Annual statistical returns and brief notes on vaccination in Bengal - 1887-1898
Year: 1887
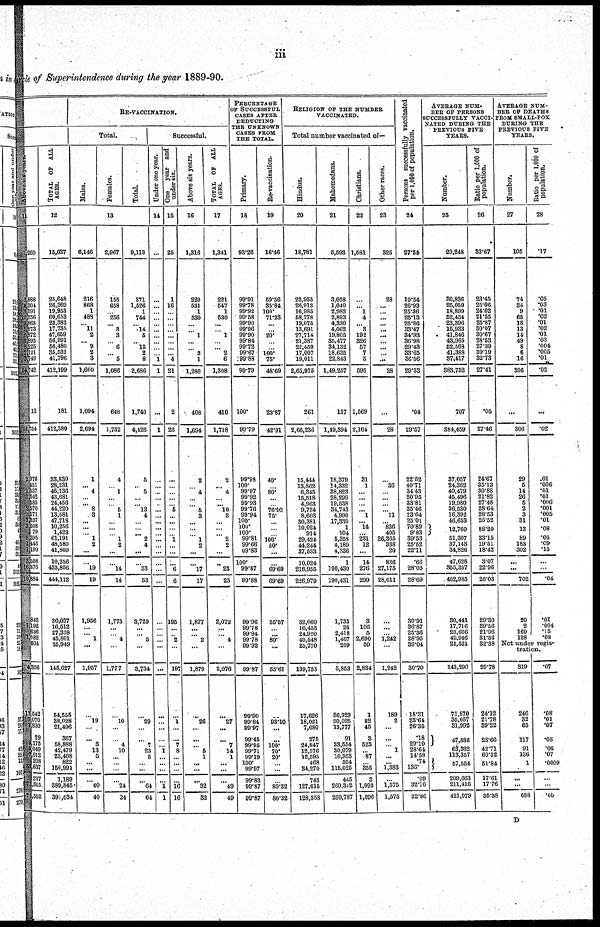
iii
Circle of Superintendence during the year 1889-90.
Above six years.
11
1,260
2,888
4,304
3,591
12,256
22,868
1,973
5,872
8,895
6,225
7,121
3,749
54,742
12
54,754
2,076
451
1,537
1,542
585
2,570
171
1,337
3,508
79 3,395
1,443
1,190
3,508
16,376
19,884
842
1,192 636
1,082
604
4,356
11,542
7,070
1,830
29
9,175
5,049
7,012
208
33,637
237
75,315
75,552
TOTAL OF ALL
AGES.
12
15,037
25,648
26,369
19,953
60,653
23,383
17,735
47,659
56,991
56,480
35,532
41,796
412,199
181
412,380
33,830
28,231
45,136
43,681
24,456
44,220
13,581
47,718
10,256
1,423
61,191
48,580
41,809
10,256
433,856
444,112
30,037
16,512
27,328
45,801
25,949
145,627
54,555
38,028
21,496
367
58,888
42,479
23,408
822
150,991
1,189
389,845
391,034
RE-VACCINATION.
Total.
Males.
Females.
Total.
13
6,146
216
868
1
483
... 11
2
... 9
2
3
1,600
1,094
2,694
1
... 4
...
... 8
3
...
...
... 1
2
...
...
19
19
1,956
...
...
1
...
1,957
...
19
...
...
3
13
5
... ...
...
40
40
2,967
155
658
...
256
... 3
3
... 6
... 5
1,086
646
1,732
4
... 1
...
... 5
1
...
...
... 1
2
...
...
14
14
1,773
...
...
4
...
1,777
...
10
...
...
4
10
...
... ...
...
24
24
9,113
371
1,526
1
744
... .14
5
... 15
2
8
2,686
1,740
4,426
5
... 5
...
... 13
4
...
...
... 2
4
...
...
33
33
3,729
...
...
5
...
3,734
...
29
...
...
7
23
5
... ...
...
64
64
Successful.
Under one year.
14
...
...
...
...
...
...
...
...
...
...
... 1
1
...
1
...
...
...
...
...
...
...
...
...
... ...
...
...
...
...
...
...
...
...
...
...
...
...
...
...
...
... 1
...
...
...
...
1
1
One year and
under six.
15
25
1
16
...
...
...
...
...
...
...
... 4
21
2
23
...
...
...
...
... 5
...
...
... ... 1
...
...
...
6
6
195
...
...
2
...
197
...
1
...
...
7
8
...
...
...
...
16
16
Above six years.
16
1,316
220
531
1
530
...
...
1
...
... 2
1
1,286
408
1,694
2
... 4
...
... 5
3
...
...
... 1
2
...
...
17
17
1,877
...
...
2
...
1,879
...
26
...
...
... 5
1
... ...
...
32
32
TOTAL OF ALL
AGES.
17
1,341
221
547
1
530
...
...
1
...
... 2
6
1,308
410
1,718
2
... 4
...
... 10
3
...
...
...
2
2
...
...
23
23
2,072
...
...
4
...
2,076
...
27
...
...
7
14
1
... ...
...
49
49
PERCENTAGE
OF SUCCESSFUL
CASES AFTER
DEDUCTING
THE UNKNOWN
CASES FROM
THE TOTAL.
Primary.
18
93.26
99.91
99.78
99.92
99.58
99.90
99.96
99.90
99.84
99.72
99.67
99.88
99.79
100.
99.79
99.98
100.
99.97
99.92
99.93
99.76
99.94
100.
100.
100.
99.81
99.66
09.83
100.
99.87
99.88
99.96
99.78
99.94
99.78
99.92
99.87
99.90
99.84
99.97
99.45
99.95
99.71
99.19
...
99.97
99.83
99.87
99.87
Re-vaccination.
19
16.46
59.56
35.84
100.
71.23
...
...
20.
...
... 100.
75.
48.69
23.87
42.91
40.
... 80.
...
... 76.92
75.
...
...
...
100.
50.
...
...
69.69
69.69
55.57
...
...
80.
...
55.61
...
93.10
...
...
100.
70.
20.
... ...
...
80.32
80.32
RELIGION OF THE NUMBER
VACCINATED.
Total number vaccinated of—
Hindus.
20
18,781
22,955
26,913
16,985
58,778
19,075
13,691
27,714
21,387
22,459
17,007
19,011
2,65,975
261
2,66,236
15,444
13,862
6,345
15,518
4,963
9,724
8,603
30,381
10,024
914
29,424
44,244
37,533
10,024
216,955
226,979
32,060
16,455
24,920
40,548
25,770
139,753
17,626
18,021
7,680
275
24,847
12,576
12,595
... 84,270
743
127,615
128,358
Mahomedans.
21
5,593
3,058
1,040
2,982
2,893
4,330
4,062
19,805
35,477
34,132
18,635
22,843
1,49,257
137
1,49,394
18,379
14,332
38,823
28,299
19,538
34,743
4,990
17,339
1
104
5,358
4,189
4,336
1
190,430
190,431
1,733
26
2,418
1,467
209
5,853
36,929
20,025
13,777
91
33,554
30,079
10,953
... 115,025
445
260,342
260,787
Christians.
22
1,581
...
...
1
4
...
3
192
326
57
7
5
595
1,569
2,164
31
1
... ...
... ...
1
... 14
...
231
12
...
14
276
290
3
106
5
2,690
30
2,834
1
82
45
3
523
...
87
... 355
3
1,093
1,096
Other races.
23
325
28
...
...
...
...
...
...
.... ...
...
...
28
...
28
...
36
...
...
... ...
11
...
836
405
26,365
338
20
836
27,175
28,011
...
...
...
1,242
...
1,242
189
2
...
...
...
1
...
... 1,383
...
1,575
1,575
Persons successfully vaccinated
per 1,000 of population.
24
27.24
19.54
26.93
25.36
25.13
25.86
33.47
34.93
36.98
29.43
33.65
36.56
29.53
.04
29.57
22.52
40.71
34.43
20.95
33.81
35.46
23.64
25.01
70.89
9.83
39.53
25.52
22.11
.66
28.03
28.69
30.91
36.87
25.36
28.95
39.04
30.70
18.31
23.64
26.35
.18
29.10
28.64
14.58
.74
136.
.09
32.76
32.86
AVERAGE NUM-
--- OF PERSONS
SUCCESSFULLY VACCI-
NATED DURING THE
PREVIOUS FIVE
YEARS.
Number.
25
20,248
30,836
25,050
18,899
52,454
23,396
15,933
41,846
43,965
52,568
41,388
37,417
383,752
707
384,459
37,057
24,362
40,479
45,496
19,980
36,530
16,392
46,653
12,760
51,307
37,143
34,826
47,628
855,357
402,985
30,441
17,716
23,666
49,946
21,521
143,290
71,870
35,057
31,992
47,886
63,362
118,357
57,554
209,663
211,416
421,079
Ratio per 1,000 of
population.
26
33.67
23.45
25.06
24.02
21.55
25.87
30.07
30.67
28.53
27.39
39.19
82.73
27.41
.05
27.46
24.67
35.13
30.88
21.82
27.48
28.64
28.53
25.52
88.20
33.15
19.51
18.42
3.07
22.96
26.03
29.30
39.56
21.96
31.56
32.38
29.78
24.12
21.78
39.22
23.66
42.71
60.32
51.84
17.61
17.76
35.38
AVERAGE NUM-
BER OF DEATHS
FROM SMALL-FOX
DURING THE
PREVIOUS FIVE
YEARS.
Number.
27
105
74
34
9
65
18
13
14
49
8
6
16
306
...
306
29
5
14
26
5
2
3
31
13
89
183
302
...
...
702
20
2
169
128
Ratio per 1,000 of
population.
28
.17
.05
.03
.01
.02
.01
.02
.01
.03
.004
.005
.01
.02
...
.02
.01
.006
.01
.01
.006
.001
.005
.01
.08
.05
.09
.15
...
...
.04
.01
.004
.15
.08
Not under regis-
stration.
319
246
32
65
117
91
136
1
...
...
688
.07
.08
.01
.07
.05
.06
.07
.0009
...
...
.05
D